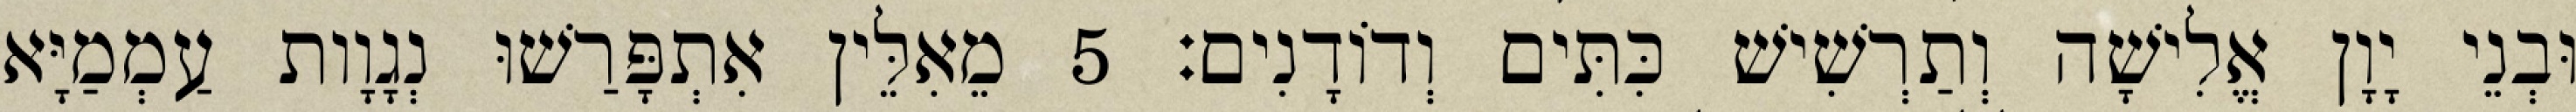
וּבְנֵי יָוָן אֱלִישָׁה וְתַרְשִׁישׁ כִּתִּים וְדוֹדָנִים׃ 5 מֵאִלֵּין אִתְפָּרַשׁוּ נְגָוָות עַמְמַיָּא